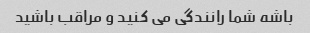
باشه شما رانندگی می کنید و مراقب باشید